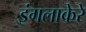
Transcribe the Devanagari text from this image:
इंगलाकेरे